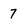
Character: 7